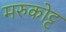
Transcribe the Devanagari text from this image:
मरुकोट्ट